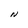
Character: N